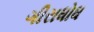
ગીરાધોધ